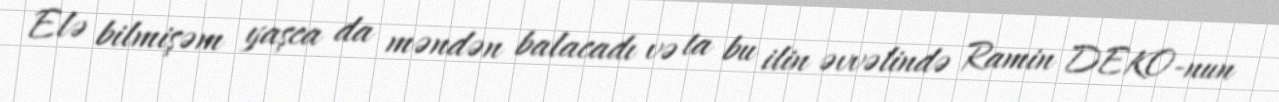
Elə bilmişəm yaşca da məndən balacadı və ta bu ilin əvvəlində Ramin DEKO-nun